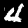
Digit: 4